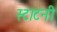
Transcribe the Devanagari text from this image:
स्टाटनी